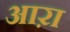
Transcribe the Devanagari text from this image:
आऱा